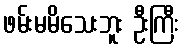
ဖမ်းမမိသေးဘူး ဦးကြီး